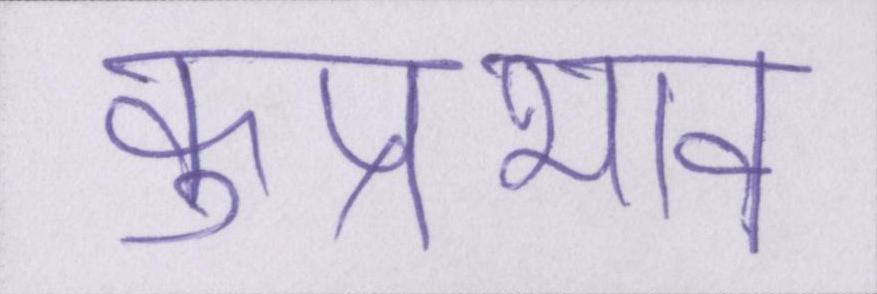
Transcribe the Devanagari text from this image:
कुप्रभाव